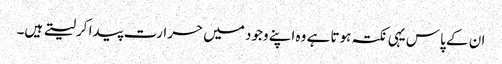
ان کے پاس یہی نکتہ ہوتا ہے وہ اپنے وجود میں حرارت پیدا کرلیتے ہیں۔